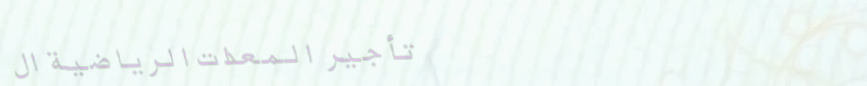
تأجير المعدات الرياضية ال